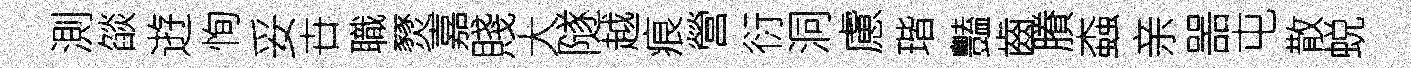
測燄逰恂妥卋職燹嘉賤大隧越痕營衍洞慮瑎豔齒賸螙亲噐屯散蜕